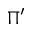
\Pi ^ { \prime }